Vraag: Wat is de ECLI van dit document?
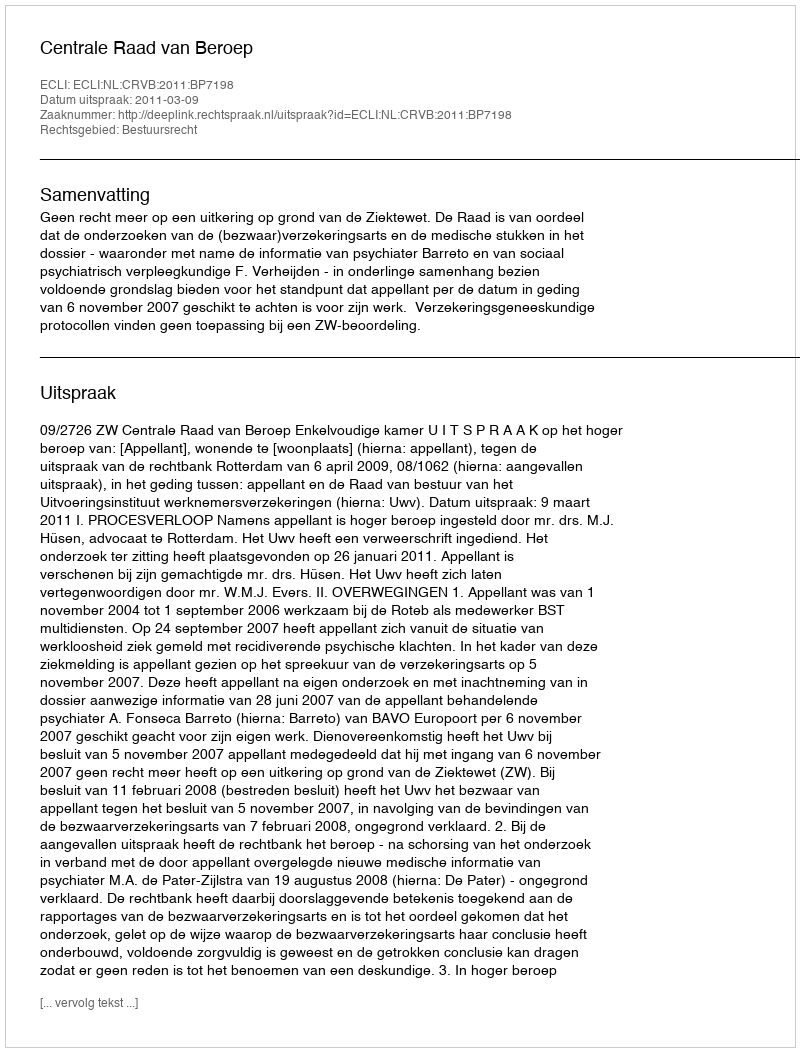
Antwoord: ECLI:NL:CRVB:2011:BP7198